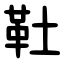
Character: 靯